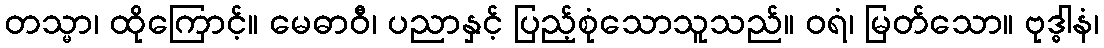
တသ္မာ၊ ထိုကြောင့်။ မေဓာဝီ၊ ပညာနှင့် ပြည့်စုံသောသူသည်။ ဝရံ၊ မြတ်သော။ ဗုဒ္ဓါနံ၊